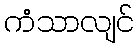
ကံသာလျင်